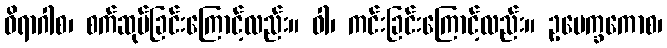
ဝိရာဂါစ၊ စက်ဆုပ်ခြင်းကြောင့်လည်း။ ဝါ၊ ကင်းခြင်းကြောင့်လည်း။ ဥ့ပေက္ခကောစ၊